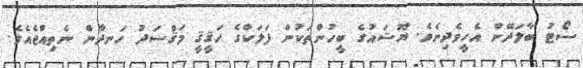
ސޯޓު ބާލަދޭން އެހީވެދިނެވެ. ޔޫޝައުގެ ބީހުންތަކުން ފަލަކްގެ ހަޤީޤީ މަޤްސަދު ހަނދާން ނެތިއްޖެއެވެ.